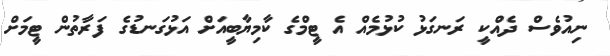
ނިއުވެސް ދެއްކީ ރަނގަޅު ކުޅުމެއް އެ ޓީމްގެ ކާމިޔާބީއަށް އަޅުގަނޑުގެ ފަރާތުން ޓީމަށް